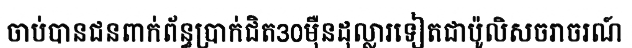
ចាប់បានជនពាក់ព័ន្ធប្រាក់ជិត30ម៉ឺនដុល្លារទៀតជាប៉ូលិសចរាចរណ៍